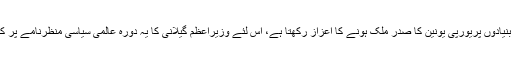
اسپین اس وقت ششماہی بنیادوں پریورپی یونین کا صدر ملک ہونے کا اعزاز رکھتا ہے، اس لئے وزیراعظم گیلانی کا یہ دورہ عالمی سیاسی منظرنامے پر کافی اہمیت کا حامل ہے۔